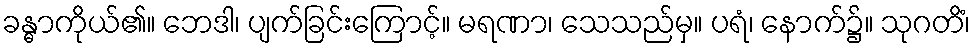
ခန္ဓာကိုယ်၏။ ဘေဒါ၊ ပျက်ခြင်းကြောင့်။ မရဏာ၊ သေသည်မှ။ ပရံ၊ နောက်၌။ သုဂတိံ၊